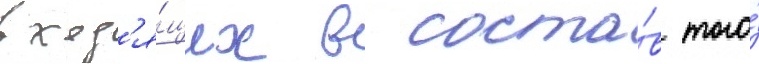
вход'я́щих в соста́в того́